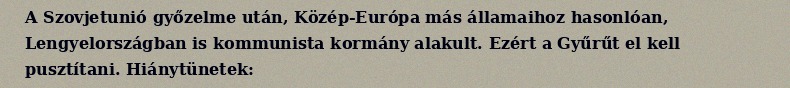
A Szovjetunió győzelme után, Közép-Európa más államaihoz hasonlóan, Lengyelországban is kommunista kormány alakult. Ezért a Gyűrűt el kell pusztítani. Hiánytünetek: